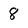
Character: 8